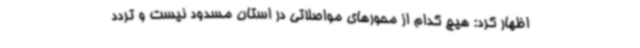
اظهار کرد: هیچ کدام از محورهای مواصلاتی در استان مسدود نیست و تردد